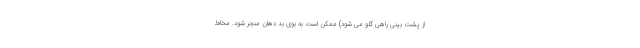
از پشت بینی راهی گلو می شود) ممکن است به بوی بد دهان منجر شود. مخاط